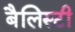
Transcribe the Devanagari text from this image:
बैलिस्टी